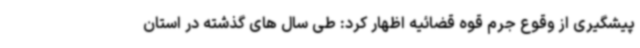
پیشگیری از وقوع جرم قوه قضائیه اظهار کرد: طی سال های گذشته در استان